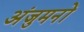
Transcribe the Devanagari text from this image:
अंजुमनों